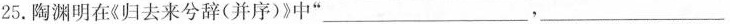
25.陶渊明在《归去来兮辞(并序)》中”___，__